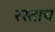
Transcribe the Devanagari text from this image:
रस्ताच